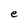
Character: e